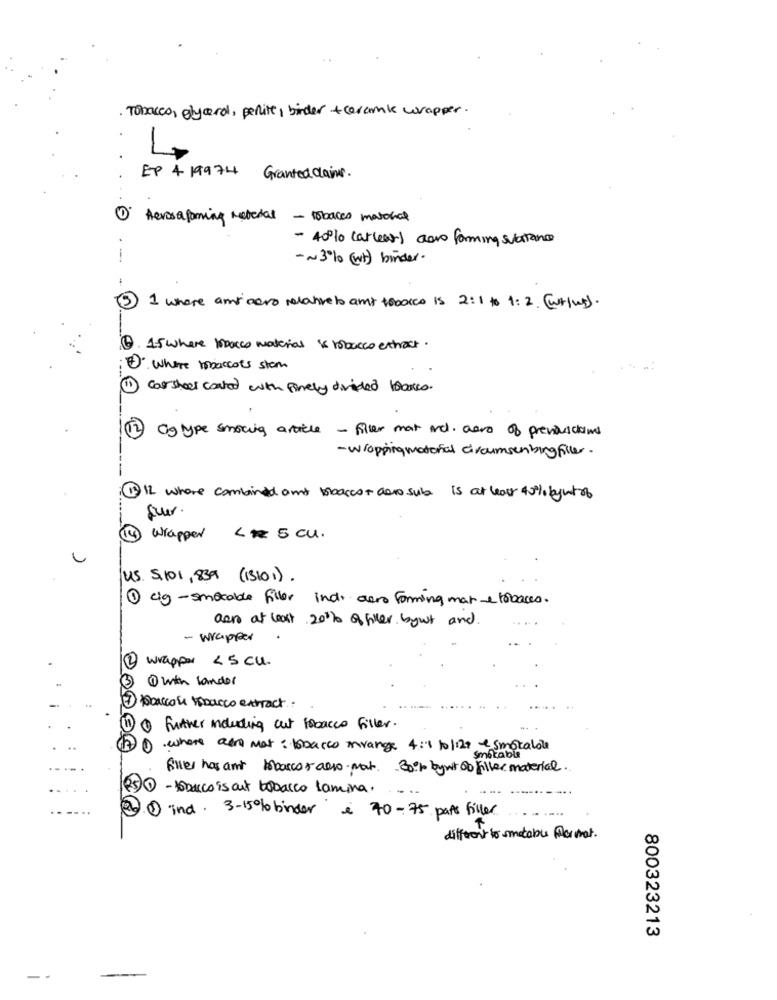
Tobacco, glycerol, perlite, binder +cerami wrapper.
EP 4 19974 Granted Claims.
Aerosaforming metedal - tobaces material
- 40º to carleas) caro forming substance
- ~ 3% ( wt) binder.
-
5
1 where amy cero relative lo amt tobolo is 2:1 to 1:2. ( wriUS).
Q. 15 where tobacco material is tobacco extract.
1. where tobaccots stam
carsheet coated with finely divided banco.
12
Og type smoking article - filer mat and. aero of previousciams
- wrapping motorial croumsenbing filler .
11IL where combined and bbascot aero sub is at least 45% bywtob
fuer.
14
Wrapper < # 5 cl.
U.S. S. 101, 839 ( 13101 ).
1 cig-smokable filler indi aero forming man & tobacco.
aan at least 20% of hier bywt and
- wrapper
2 wrapper <5 cl.
1 with lander
1) Buccoli Isacco extract.
further including cut tobacco filler.
.
. where are mat : tobacco invange 4:1 10 |120 & smotalale
--
filler has amt mascot also not. 30% bywt 00 filler material.
...
(5) 1 -tsbarco is out tobacco lamina.
) ind. 3-15% binder & 70-75 paps filler
different to smetabu fer mat .
800323213